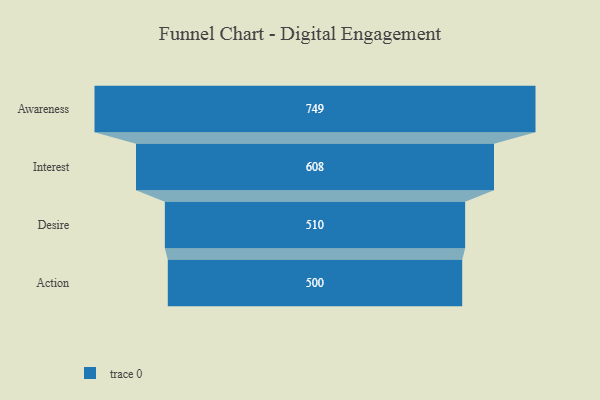
{"axis": {"x": "Stage", "y": "Value"}, "legend": [""], "data": [{"x": "Awareness", "y": 749.0, "type": ""}, {"x": "Interest", "y": 608.0, "type": ""}, {"x": "Desire", "y": 510.0, "type": ""}, {"x": "Action", "y": 500, "type": ""}]}